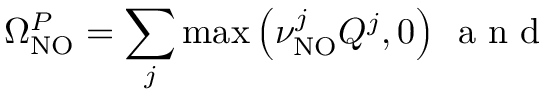
\Omega _ { \mathrm { N O } } ^ { P } = \sum _ { j } \mathrm { m a x } \left( \nu _ { \mathrm { N O } } ^ { j } Q ^ { j } , 0 \right) \, \mathrm { ~ a ~ n ~ d ~ }